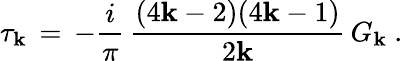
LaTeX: \tau_{\mathbf{k}}\, =\, -{\frac{{i}}{{\pi}}}\, {\frac{{(4\mathbf{k}-2)(4\mathbf{k}-1)}}{{2\mathbf{k}}}}\, G_{\mathbf{k}}\ .